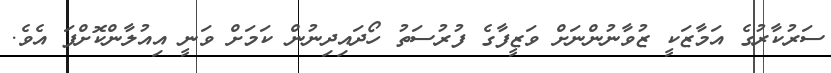
ސަރުކާރުގެ އަމާޒަކީ ޒުވާނުންނަށް ވަޒީފާގެ ފުރުސަތު ހޯދައިދިނުން ކަމަށް ވަނީ އިއުލާންކޮށްފަ އެވެ.